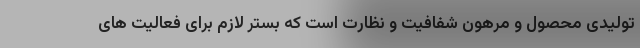
تولیدی محصول و مرهون شفافیت و نظارت است که بستر لازم برای فعالیت های